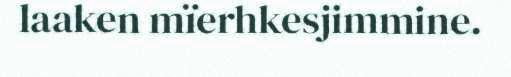
laaken mïerhkesjimmine.